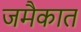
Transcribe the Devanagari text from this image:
जमैकात